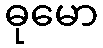
ဓုမော